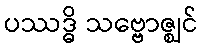
ပဿဒ္ဓိ သဗ္ဗောဇ္ဈင်